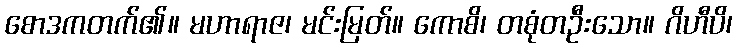
စောဒကတက်၏။ မဟာရာဇ၊ မင်းမြတ်။ ကောစိ၊ တစုံတဦးသော။ ဂိဟီပိ၊